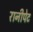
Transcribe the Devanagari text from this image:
रानीपेट